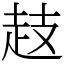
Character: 䞚